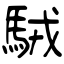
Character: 駥